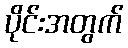
ပိုင်းအတွက်